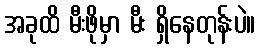
အခုထိ မီးဖိုမှာ မီး ရှိနေတုန်းပဲ။